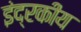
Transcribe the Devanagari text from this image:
इंद्रकीय